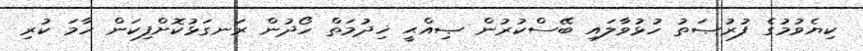
ކިޔެވުމުގެ ފުރުޞަތު ހުޅުވާލައި ބޭސްކުރުން ޞިއްޙީ ޚިދުމަތް ހޯދުން ރަނގަޅުކޮށްފިކަން ހާމަ ކުރި